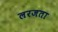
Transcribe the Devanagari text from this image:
लरजता